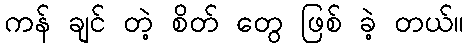
ကန် ချင် တဲ့ စိတ် တွေ ဖြစ် ခဲ့ တယ်။